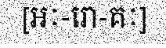
[អៈ-រោ-គៈ]